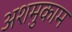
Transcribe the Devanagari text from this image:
अशमुकाम